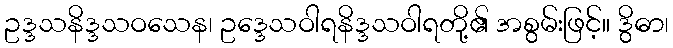
ဥဒ္ဒသနိဒ္ဒသဝသေန၊ ဥဒ္ဒေသဝါရနိဒ္ဒသဝါရတို့၏ အစွမ်းဖြင့်။ ဒွိဓာ၊